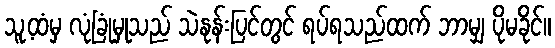
သူ့ထံမှ လုံခြုံမှုသည် သဲနုန်းပြင်တွင် ရပ်ရသည်ထက် ဘာမျှ ပိုမခိုင်။